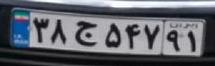
۳۸ج۵۴۷۹۱